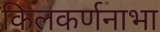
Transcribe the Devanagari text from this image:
किलकर्णनाभा